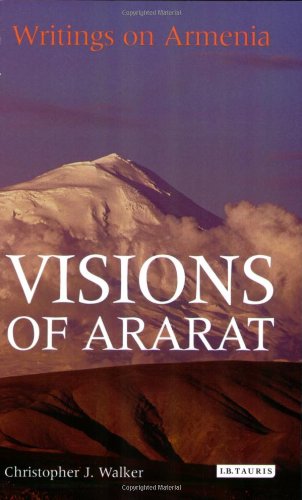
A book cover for Visions of Ararat: Writings on Armenia; Travel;